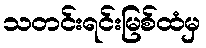
သတင်းရင်းမြစ်ထံမှ